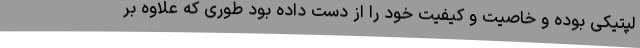
لپتیکی بوده و خاصیت و کیفیت خود را از دست داده بود طوری که علاوه بر